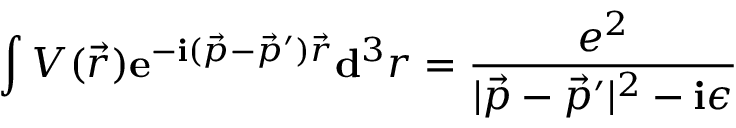
\int V ( { \vec { r } } ) \mathbf { e } ^ { - \mathbf { i } ( { \vec { p } } - { \vec { p } } ^ { \prime } ) { \vec { r } } } \mathbf { d } ^ { 3 } r = { \frac { e ^ { 2 } } { | { \vec { p } } - { \vec { p } } ^ { \prime } | ^ { 2 } - \mathbf { i } \epsilon } }